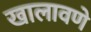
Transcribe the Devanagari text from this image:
खालावणे